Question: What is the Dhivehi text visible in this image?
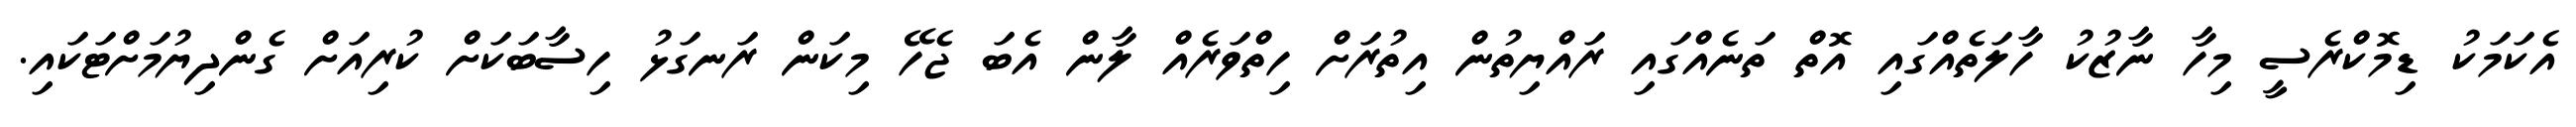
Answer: އެކަމަކު ޑިމޮކްރެސީ މިހާ ނާޒުކު ހާލަތެއްގައި އޮތް ތަނެއްގައި ރައްޔިތުން އިތުރަށް ހިތްވަރެއް ލާން އެބަ ޖެހޭ މިކަން ރަނގަޅު ހިސާބަކަށް ކުރިއަށް ގެންދިޔުމަށްޓަކައި.